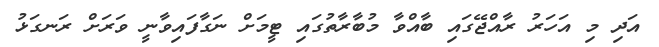
އަދި މި އަހަރު ރާއްޖޭގައި ބާއްވާ މުބާރާތުގައި ޓީމަށް ނަގާފައިވާނީ ވަރަށް ރަނގަޅު